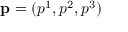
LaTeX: \mathbf { p } = ( p ^ { 1 } , p ^ { 2 } , p ^ { 3 } )